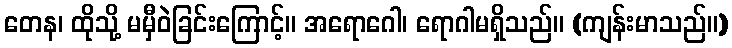
တေန၊ ထိုသို့ မမှီဝဲခြင်းကြောင့်။ အရောဂေါ၊ ရောဂါမရှိသည်။ (ကျန်းမာသည်။)